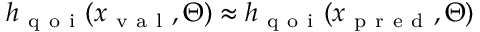
h _ { \mathrm { ~ q ~ o ~ i ~ } } ( x _ { \mathrm { ~ v ~ a ~ l ~ } } , \Theta ) \approx h _ { \mathrm { ~ q ~ o ~ i ~ } } ( x _ { \mathrm { ~ p ~ r ~ e ~ d ~ } } , \Theta )